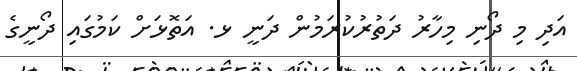
އަދި މި ދޯނި މިހާރު ދަތުރުކުރަމުން ދަނީ ޅ. އަތޮޅަށް ކަމުގައި ދޯނީގެ